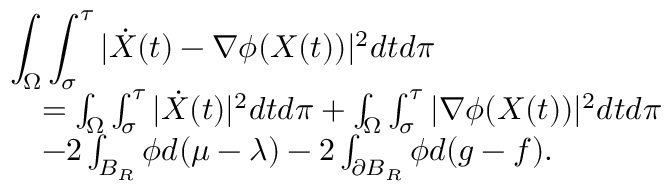
\begin{array} { r l } { \lefteqn { \int _ { \Omega } \int _ { \sigma } ^ { \tau } | \dot { X } ( t ) - \nabla \phi ( X ( t ) ) | ^ { 2 } d t d \pi } } \\ & { = \int _ { \Omega } \int _ { \sigma } ^ { \tau } | \dot { X } ( t ) | ^ { 2 } d t d \pi + \int _ { \Omega } \int _ { \sigma } ^ { \tau } | \nabla \phi ( X ( t ) ) | ^ { 2 } d t d \pi } \\ & { - 2 \int _ { B _ { R } } \phi d ( \mu - \lambda ) - 2 \int _ { \partial B _ { R } } \phi d ( g - f ) . } \end{array}